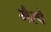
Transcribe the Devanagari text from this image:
गैस्पे